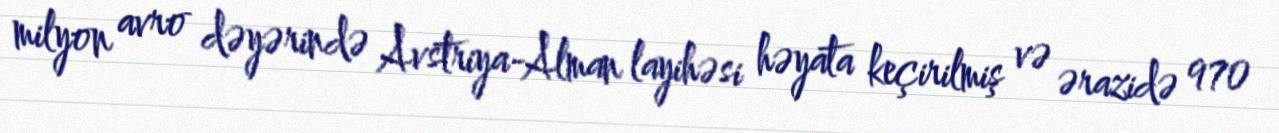
milyon avro dəyərində Avstriya-Alman layihəsi həyata keçirilmiş və ərazidə 970